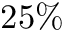
2 5 \%